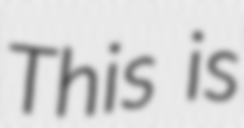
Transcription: This is